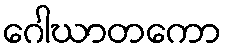
ဂေါဃာတကော